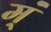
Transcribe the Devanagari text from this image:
म्ं